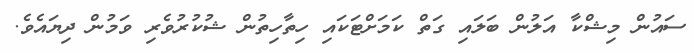
ސައުން މިޝްކާ އަލުން ބަލައި ގަތް ކަމަށްޓަކައި ހިތާހިތުން ޝުކުރުވެރި ވަމުން ދިޔައެވެ.